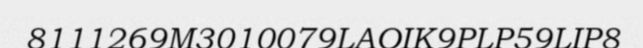
8111269M3010079LAOIK9PLP59LIP8